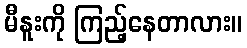
မီနူးကို ကြည့်နေတာလား။